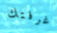
غرفتك